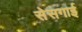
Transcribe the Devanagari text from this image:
सेसगाई